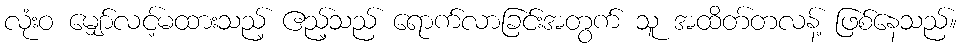
လုံးဝ မျှော်လင့်မထားသည့် ဧည့်သည် ရောက်လာခြင်းအတွက် သူ အထိတ်တလန့် ဖြစ်နေသည်။